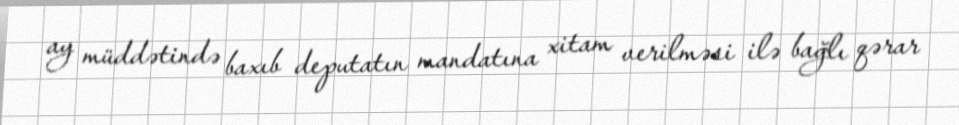
ay müddətində baxıb deputatın mandatına xitam verilməsi ilə bağlı qərar